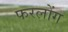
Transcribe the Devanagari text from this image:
फरलोंग